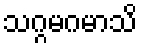
သဂ္ဂမဂမာသိ